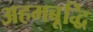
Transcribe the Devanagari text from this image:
अहमबूद्धि